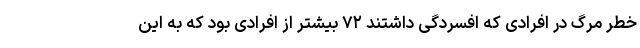
خطر مرگ در افرادی که افسردگی داشتند ۷۲ بیشتر از افرادی بود که به این